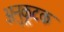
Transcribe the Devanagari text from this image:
अनुकूटक